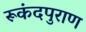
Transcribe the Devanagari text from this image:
रूकंदपुराण